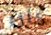
كان